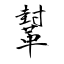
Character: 鞤